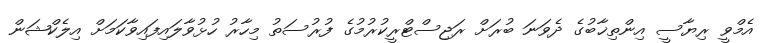
އެމްވީ ރިޔާސީ އިންތިޚާބުގެ ދެވަނަ ބުރަށް ރަޖިސްޓްރީކުރުމުގެ ފުރުސަތު މިހާރު ހުޅުވާލައިފައިވާކަމަށް އިލެކްޝަން